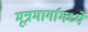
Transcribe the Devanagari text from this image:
मूत्रमार्गामध्ये